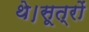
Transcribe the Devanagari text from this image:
थे।सूत्रों